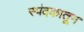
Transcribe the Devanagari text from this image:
स्पंदकातून